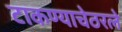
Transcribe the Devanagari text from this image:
टाकण्याचेठरले